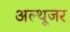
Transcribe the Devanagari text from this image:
अल्थूजर